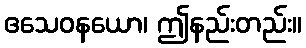
ဧသေဝနယော၊ ဤနည်းတည်း။